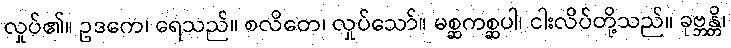
လှုပ်၏။ ဥဒကေ၊ ရေသည်။ စလိတေ၊ လှုပ်သော်။ မစ္ဆကစ္ဆပါ၊ ငါးလိပ်တို့သည်။ ခုဗ္ဘန္တိ၊